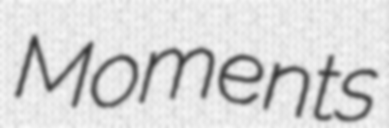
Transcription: Moments